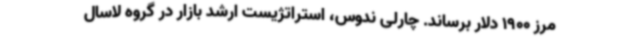
مرز 1900 دلار برساند. چارلی ندوس، استراتژیست ارشد بازار در گروه لاسال